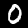
Label: 0